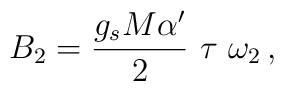
B_2=\frac{g_sM\alpha'}{2}\ \tau\ \omega_2\,,